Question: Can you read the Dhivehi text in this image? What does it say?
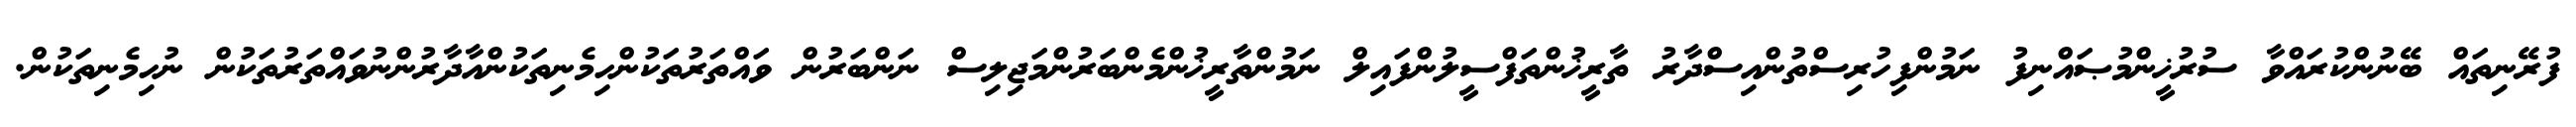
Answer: ފުރޭނިތައް ބޭނުންކުރައްވާ ސުރުޚީންމުޞައްނިފު ނަމުންފިހުރިސްތުންއިސްދާރު ތާރީޚުންތަފްސީލުންފައިލް ނަމުންތާރީޚުންމެންބަރުންމަޖިލިސް ނަންބަރުން ވައްތަރުތަކުންހިމެނިތަކުންއާދާރުންނުވައްތަރުތަކުން ނުހިމެނިތަކުން.